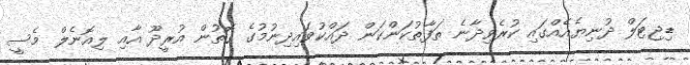
ޑިޖިޓަލް ދުނިޔެއެއްގައި ކުރެވިދާނެ ތަފާތުކަންކަން ދައްކުވައިދިނުމުގެ ގޮތުން އުރީދޫ އާއި ލިއޮނެލް މެސީ